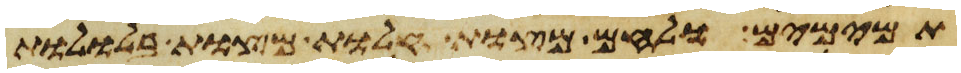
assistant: תמימם ולחם מצות וחלות מצות בללות